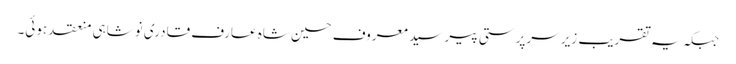
جبکہ یہ تقریب زیر سرپرستی پیر سید معروف حسین شاہ عارف قادری نوشاہی منعقد ہوئی۔